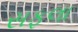
સફલા